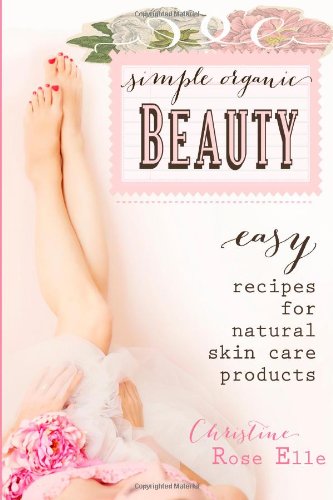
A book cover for Simple Organic Beauty: Easy Recipes for Natural Skin Care Products; Christine Rose Elle; Health, Fitness & Dieting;